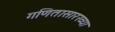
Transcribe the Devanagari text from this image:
गणितासारख्या